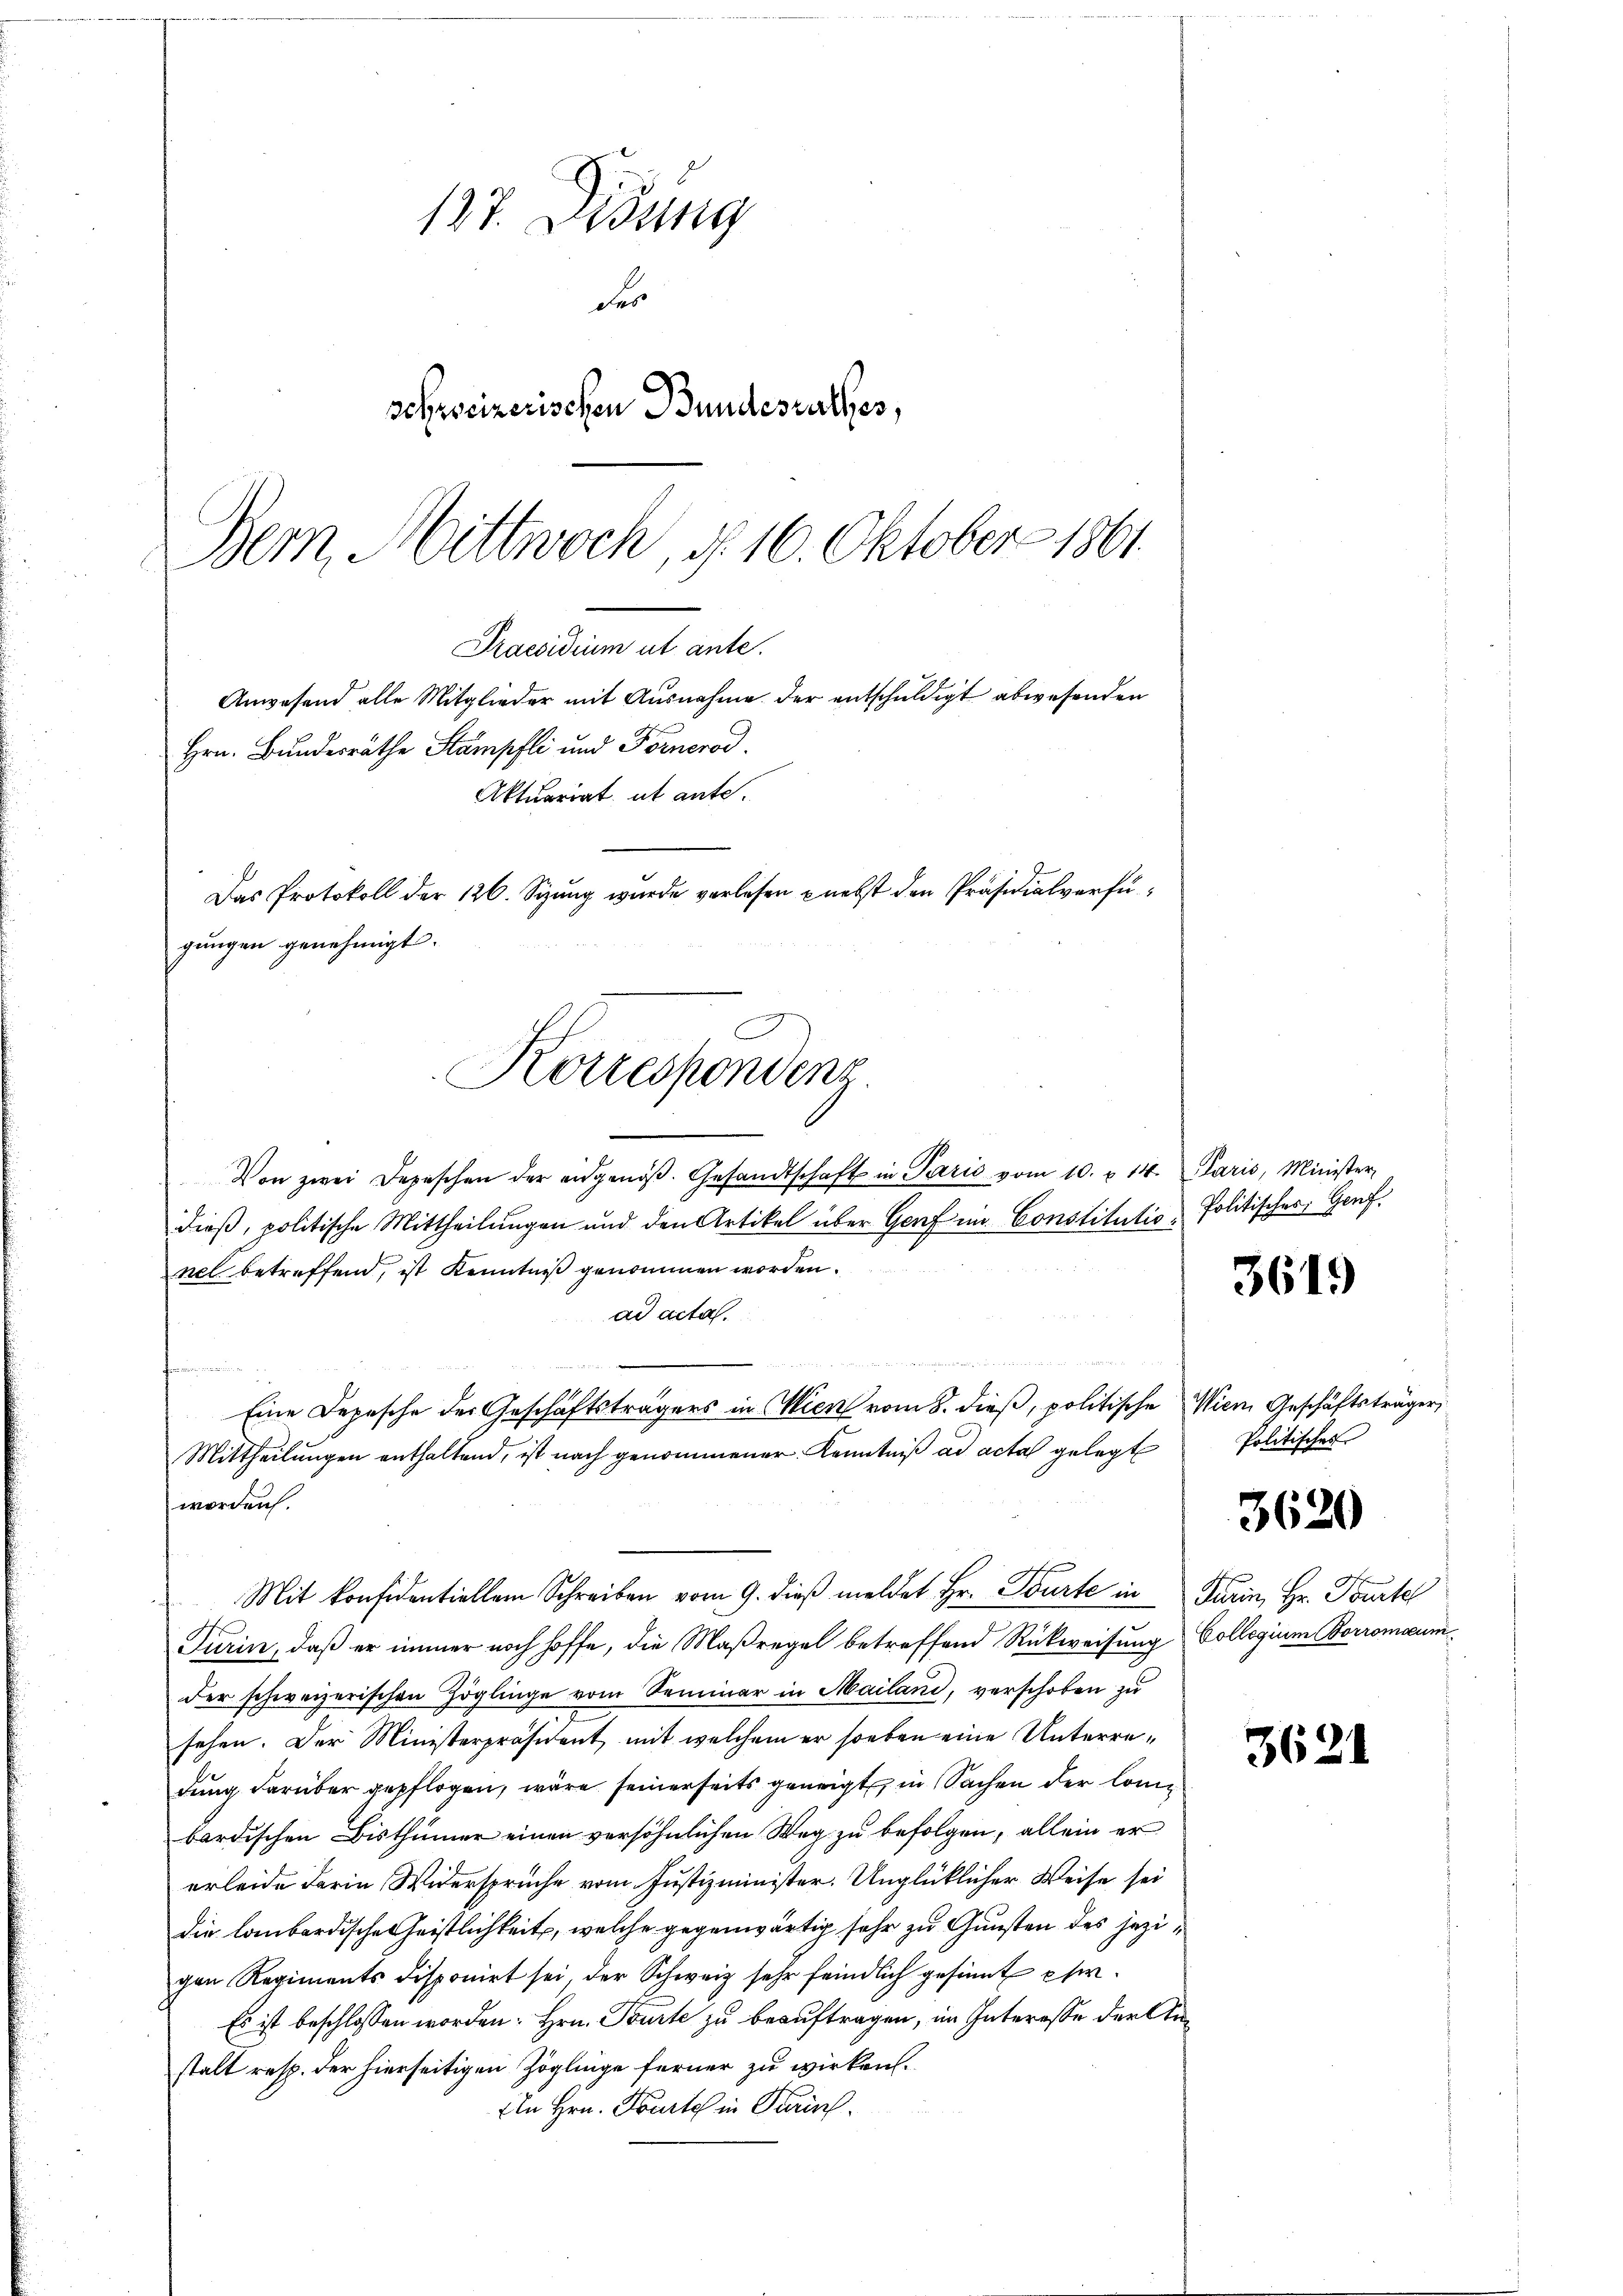
137. Disung
Fer
schweizerischen Bundesrathes,
Bem Mittwoch, d. 16. Oktober 1861.

Von zwei Depeschen der eidgenöβ. Gesandtschaft in Parić vom 10. u 14. Paris, Minister
dieß, politische Mittheilungen und den Artikel über Genf im Constitutio Politischer Genf.
nel betreffend, ist Kenntniß genommen worden.
ad acta.
dn von de
n
Eine Depesche der Geschäftsträgers in Wien vom 8. dieß, politische Wien Geschäftsträger,
Mittheilungen enthaltend, ist nach genommener Kenntniß ad acta gelegt Politisches
worden.
Mit konfidentiellem Schreiben vom 9. dieβ meldet Hr. Tourte in Turin, Hr. Toute
Turin, daß er immer noch hoffe, die Maßregel betreffend Rückweisung Collegium Borromaumder schweizerischen Zöglinge vom Seminar in Mailand, verschoben zu
sehen. Der Ministerpräsident, mit welchem er soeben eine Unterredung darüber gepflogen, wäre seinerseits geneigt in Sachen der Combardischen Bisthümer einen versöhnlichen Weg zu befolgen, allein er
erleide darin Widersprüche vom Justizminister. Unglücklicher Weise sei
die labordische Geistlichkeit, welche gegenwärtig sehr zu Gunsten des jezigen Regiments disponirt sei, der Schweiz sehr feindlich gesinnt etw
Es ist beschlossen worden: Hrn. Tourte zu beauftragen, im Interesse der Anstalt resp. der hierseitigen Zöglinge ferner zu wirken.
Eln Hrn. Fourt in Parisch.

Praesidium ut ante.
Anwesend alle Mitglieder mit Ausnahme der entschuldigt abwesenden
Hrn. Bundesräthe Stampfli und Fornerod
Aktuariat, ut ante.
Das Protokoll der 126. Sizung wurde verlesen nebst den Präsidialverfügungen genehmigt.
Kottespondens

3619

3620

3621